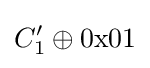
C_{1}'\oplus \mathrm {0x01}